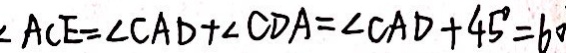
\angle A C E = \angle C A D + \angle C D A = \angle C A D + 4 5 ^ { \circ } = 6 0